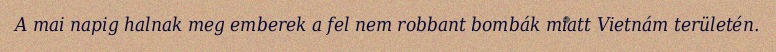
A mai napig halnak meg emberek a fel nem robbant bombák miatt Vietnám területén.